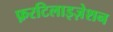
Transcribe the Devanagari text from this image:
फ़रटिलाइज़ेशन